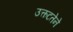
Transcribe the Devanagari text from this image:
उत्कटतेने